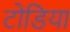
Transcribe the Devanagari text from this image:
टोडिया